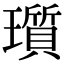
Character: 瓆